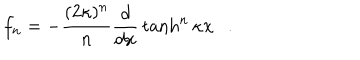
f _ { n } = - { \frac { ( 2 \kappa ) ^ { n } } { n } } { \frac { d } { d x } } \tanh ^ { n } \kappa x .